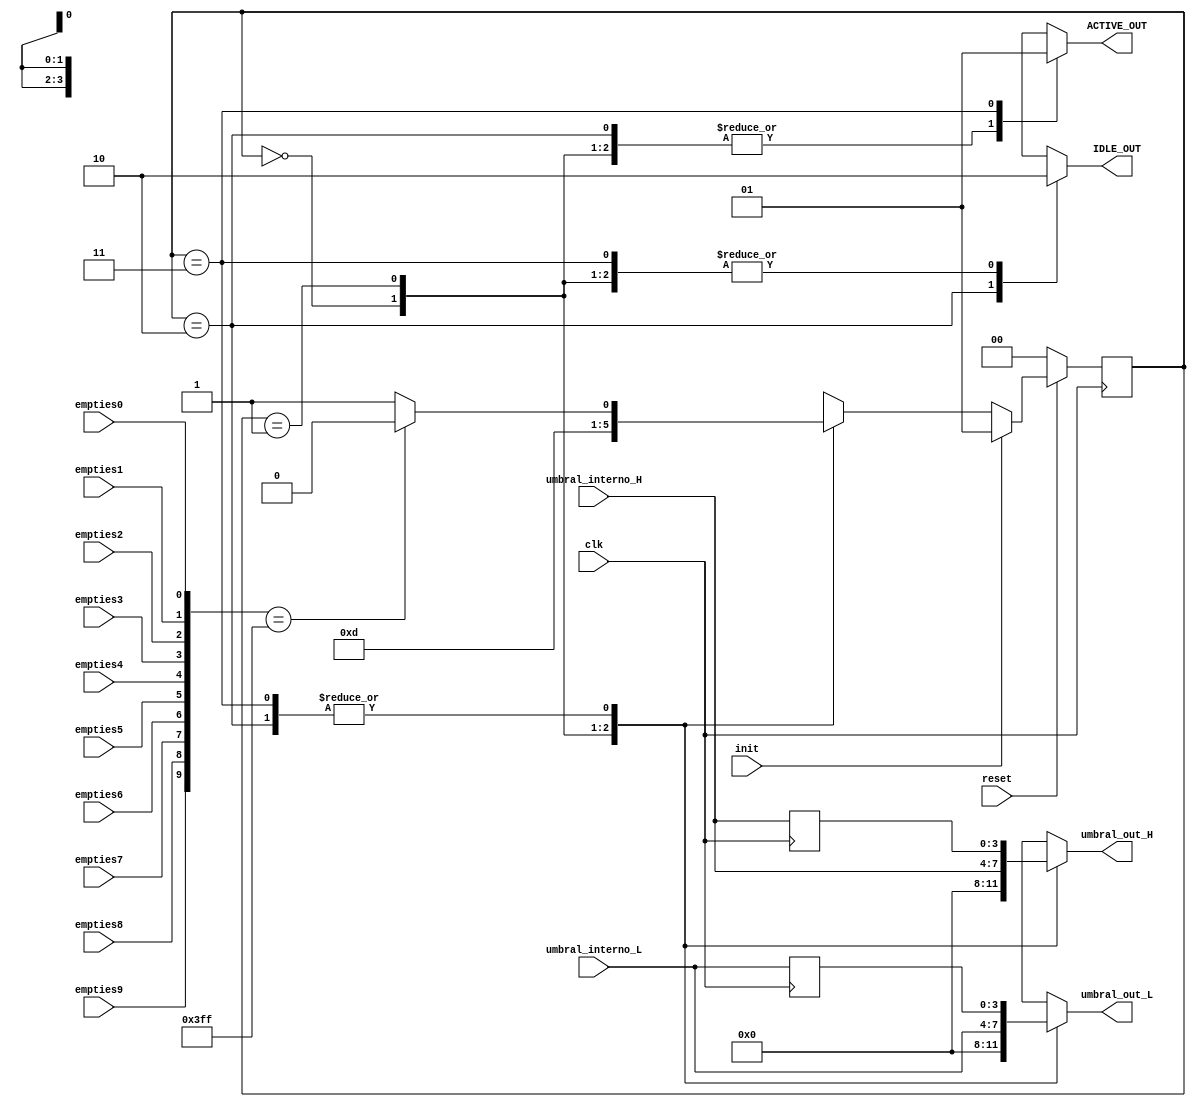
module FSM(
    input clk,
    input init,
    input reset,
	input empties0,
    input empties1,
    input empties2,
    input empties3,
    input empties4,
    input empties5,
    input empties6,
    input empties7,
    input empties8,
    input empties9,
    input [3:0] umbral_interno_L,
    input [3:0] umbral_interno_H,
    output reg IDLE_OUT,
    output reg ACTIVE_OUT,
    output reg [3:0] umbral_out_L,
    output reg [3:0] umbral_out_H);

parameter RESET = 0;
parameter INIT = 1;
parameter IDLE = 2;
parameter ACTIVE = 3;

reg [9:0] empty;
reg [1:0] state;
reg [1:0] next_state;
reg [3:0] umbral0 = 0;
reg [3:0] umbral1 = 0;


always @(posedge clk) begin
   
    if(!reset) begin
        state <= RESET;
    end
   
    else begin 
        if (init) begin
        state <= INIT;
        end

        else begin
            state <= next_state;
        end
    end

    umbral0 = umbral_interno_L;
    umbral1 = umbral_interno_H;

end


always @(*) begin
    empty[0] = empties0;
    empty[1] = empties1;
    empty[2] = empties2;
    empty[3] = empties3;
    empty[4] = empties4;
    empty[5] = empties5;
    empty[6] = empties6;
    empty[7] = empties7;
    empty[8] = empties8;
    empty[9] = empties9;

    case (state)

        RESET: begin
            IDLE_OUT = 0;
            ACTIVE_OUT = 0;
            umbral_out_L = 0;
            umbral_out_H = 0;
            next_state = INIT;
        end


        INIT: begin
            IDLE_OUT = 0;
            ACTIVE_OUT = 0;
            umbral_out_L = umbral_interno_L;
            umbral_out_H = umbral_interno_H;
            
            if(init) begin
                next_state = INIT;
            end
            
            else begin
                next_state = IDLE;
            end
        end


        IDLE: begin
            IDLE_OUT = 1;
            ACTIVE_OUT = 0;
            umbral_out_L = umbral0;
            umbral_out_H = umbral1;
           
           if(empty == 'b1111111111) begin
                next_state = IDLE;
            end

            else begin
                next_state = ACTIVE;
            end
        end


        ACTIVE: begin
    
            IDLE_OUT = 0;
            ACTIVE_OUT = 1;
            umbral_out_L = umbral0;
            umbral_out_H = umbral1;
         

            if(empty == 'b1111111111) begin
                next_state = IDLE;
            end

            else begin
                next_state = ACTIVE;
            end
        end
        

        default: begin
            next_state = INIT;
        end
    endcase
end
endmodule